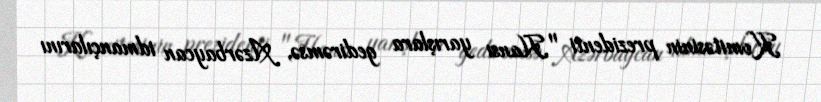
Komitəsinin prezidenti "Hansı yarışlara gedirəmsə, Azərbaycan idmançılarını